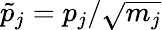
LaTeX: \tilde{p}_{j}=p_{j}/\sqrt{m_{j}}